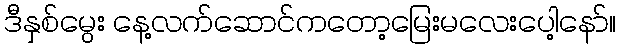
ဒီနှစ်မွေး နေ့လက်ဆောင်ကတော့မြေးမလေးပေါ့နော်။